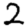
Digit: 2